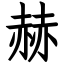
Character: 赫